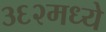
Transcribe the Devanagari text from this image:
३६२मध्ये